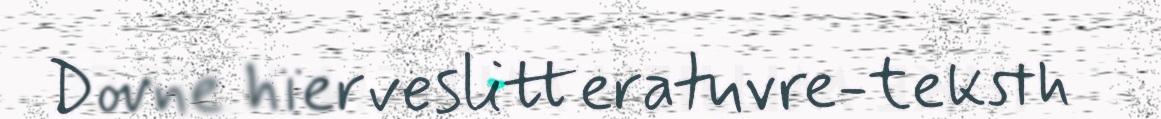
Dovne hïerveslitteratuvre-teksth